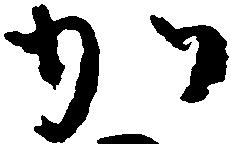
か